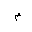
Letter: _mim